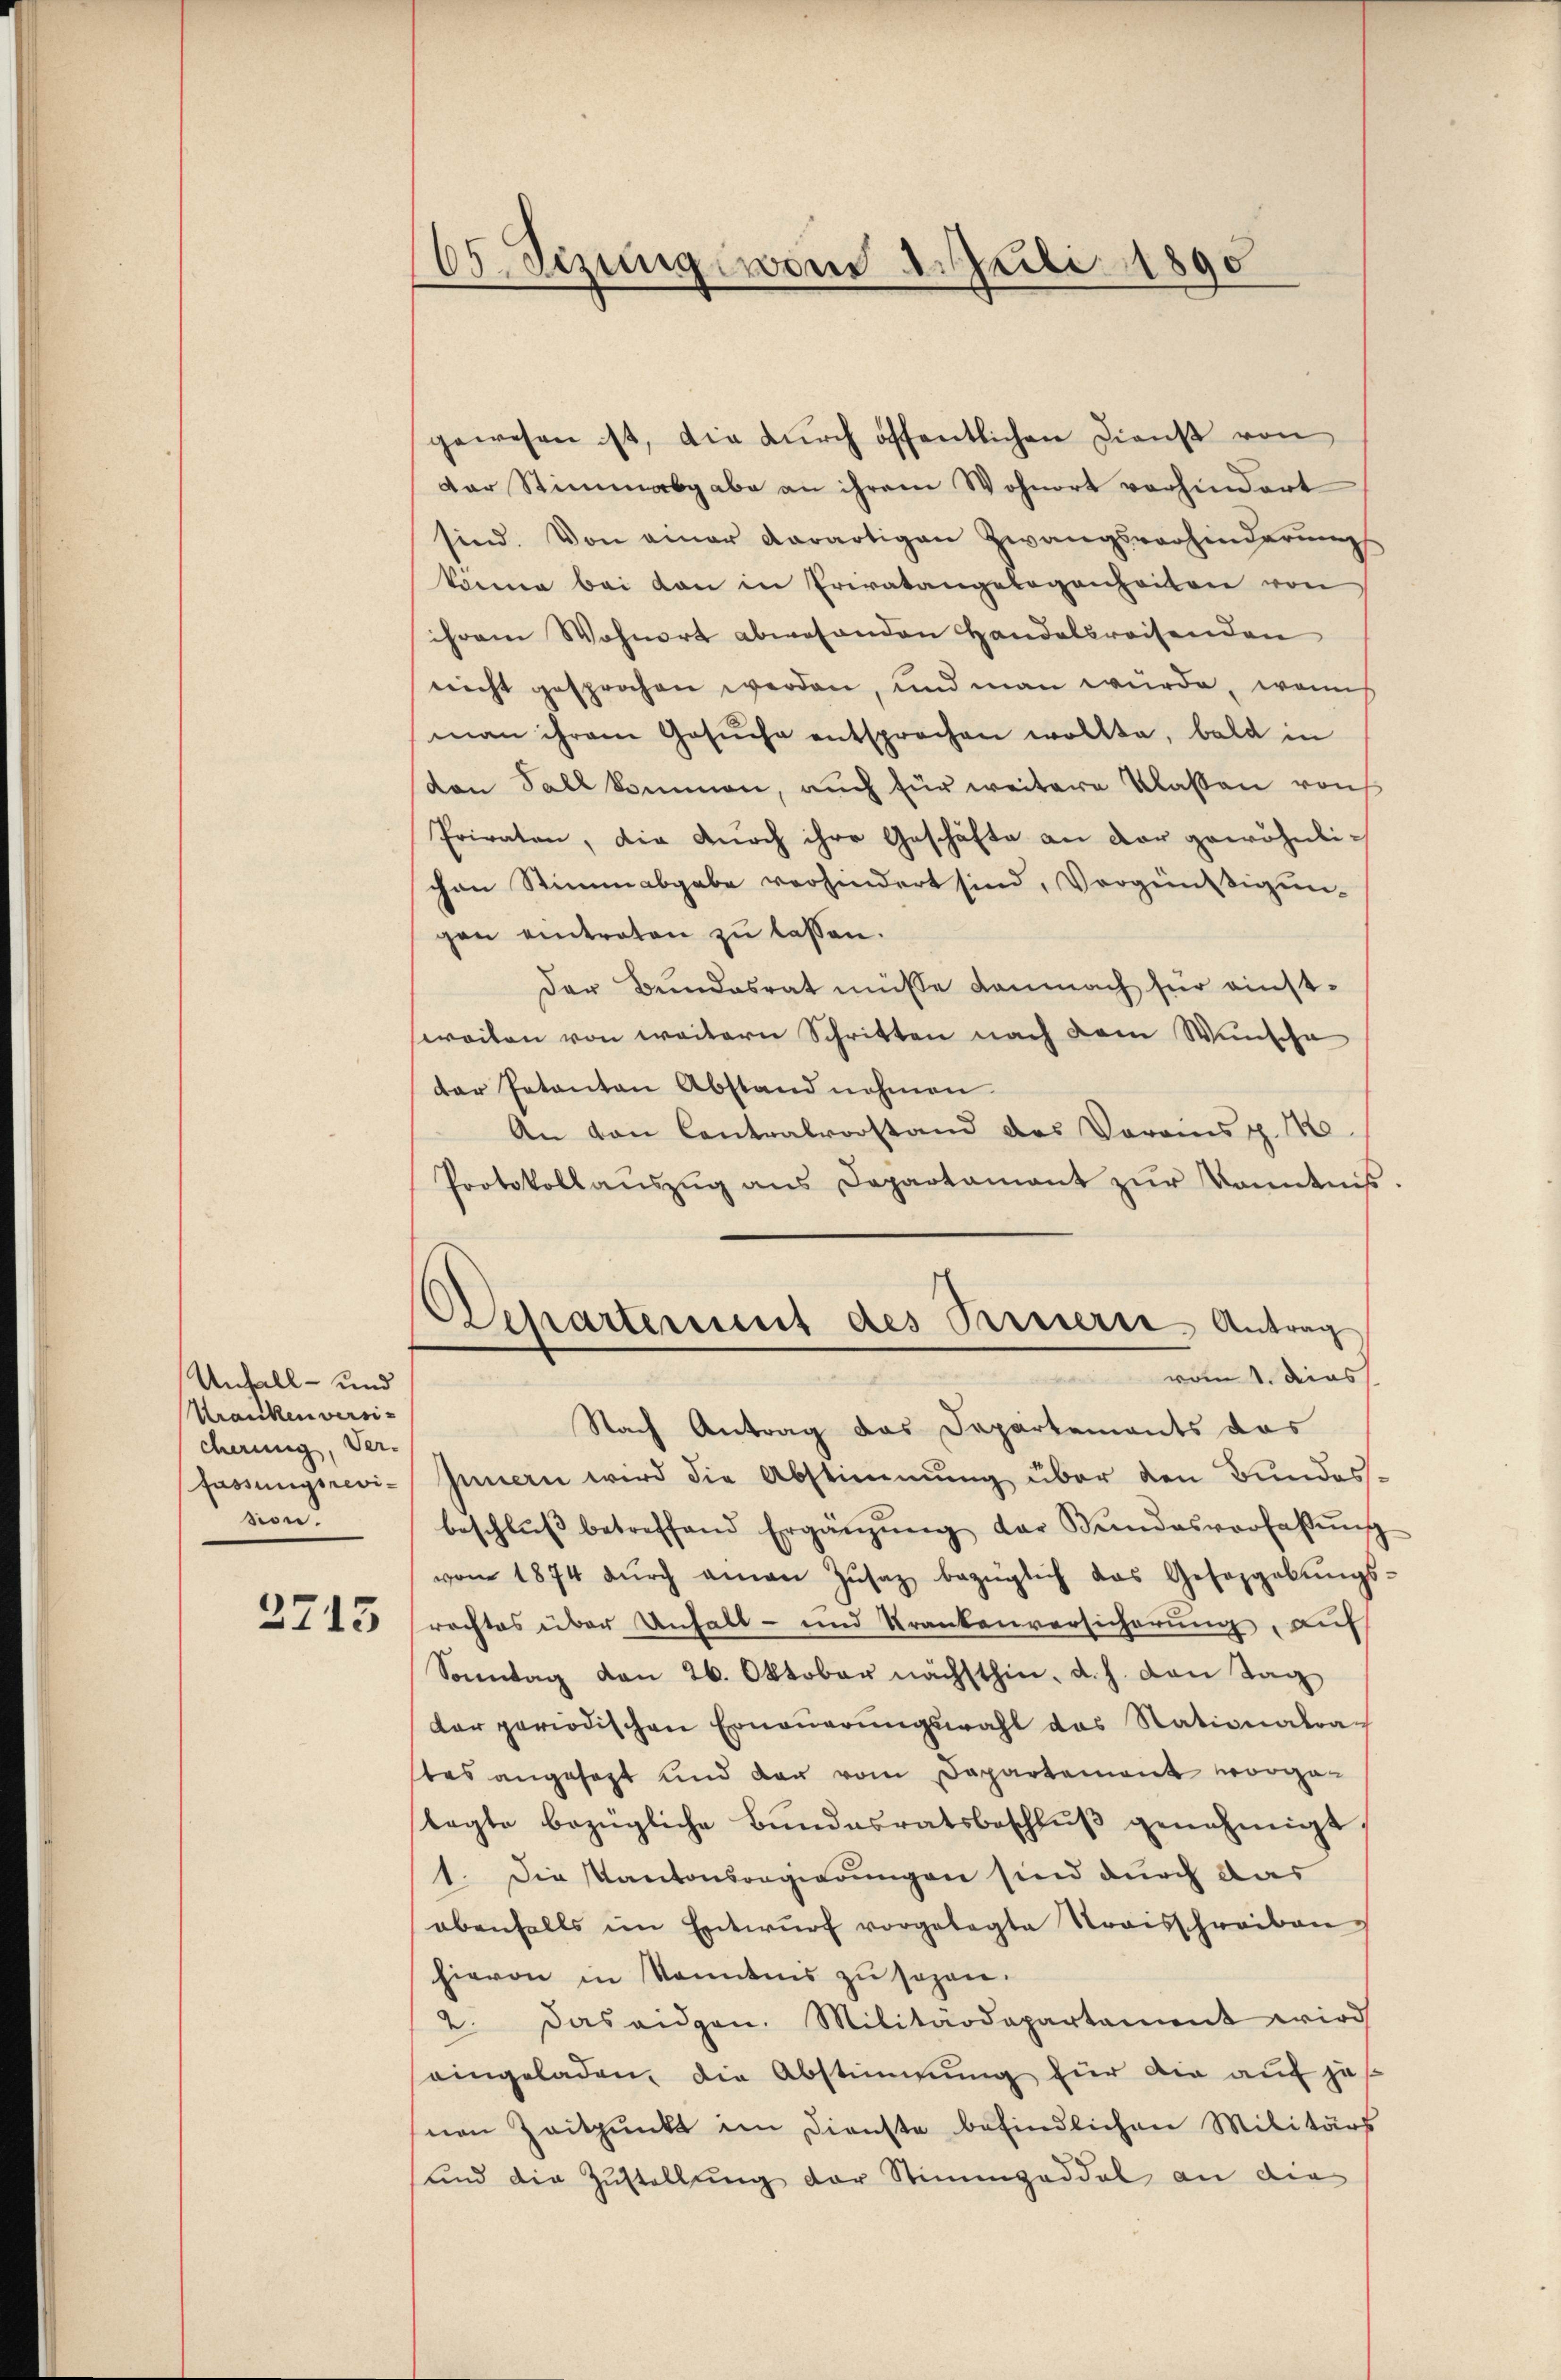
Unfall- und
Kranken versicherung, Ver-
fassungsrevision.

2715

65. Sezungewand 1. Juli 1890

Repartement des Bernern, Antrag
vom 1. dies

gewesen ist, die durch öffentlichen Dienst von
Der Stimmabgabe an ihrem Wohnort vorhindert
sind. Von einer derartigen Zwangsverhinderungs
könne bei den in Erwatangelegenheiten von
ihrem Wohnort abwesenden Handelsreisenden
nicht gesprochen werden, und man würde, wenn
man ihrem Gesŭche entsprochen wollte, bald in
don Sall kommen, auch für weitere Klassen von
Privaten, die durch ihre Geschäfte an der gewöhnlichen Stimmabgabe verhindert sind, Vorgendigungen eintreten zu lassen.
der Bundesrat müsse demnach für einstweiten von weitern Schritten nach dem Wunsche
der Petenten Abstand nehmen
An von Contralvorstand des Voransp. 110
Protokollanszŭg ans Departamant zŭr Kenntniß
Nach Antrag das Departements das
Innern wird die Abstimmung über den Bundesbeschlŭβ betreffend Ergänzŭng der Bundesverfassŭng
von 1874 dŭrch amen Zŭsaz bezüglich das Gesezgabŭngs-
rachtes über Anhalt- und Krankenversicherung, auf
Sonntag den 26. Oktober nächsthin, d. h. von Tag
dar periodischen Erneṅerŭngswahl das Stationalra
tes angesagt und der vom Departement vorgelagte bezügliche Bundesratsbeschlŭβ genehmigt.
1. Die Kantonsregierungen sind durch das
ebenfalls im Entwŭrf vorgelegte Stroisschreiben
hievon in konntnis zu sagen.
2. Das eidgen. Militärdepartament wird
eingeladen, die Abstimmung für die auf je
nen Zeitpunkt im Dienste befindlichen Militärs
und die Zustellung der Stimmzeddel an die